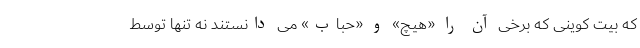
که بیت کوینی که برخی آن را «هیچ» و «حباب» می دانستند نه تنها توسط